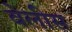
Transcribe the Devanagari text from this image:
वेलीस